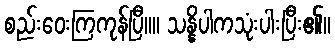
စည်းဝေးကြကုန်ပြီ။။ သန္နိပါကသုံးပါးပြီး၏။